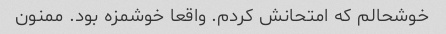
خوشحالم که امتحانش کردم. واقعا خوشمزه بود. ممنون